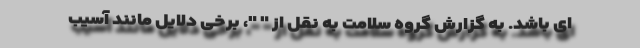
ای باشد. به گزارش گروه سلامت به نقل از " "، برخی دلایل مانند آسیب